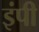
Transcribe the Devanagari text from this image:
इंपी